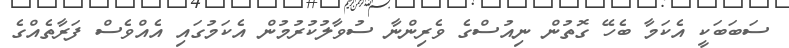
ސަބަބަކީ އެކަމާ ބެހޭ ގޮތުން ނިއުސްގެ ވެރިންނާ ސުވާލުކުރުމުން އެކަމުގައި އެއްވެސް ފަރާތެއްގެ